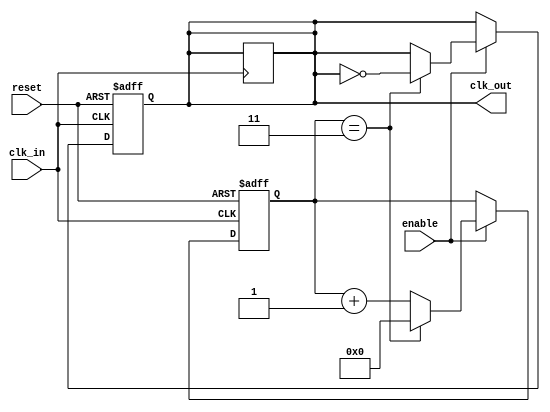
module clock_divider_buffer #(
    parameter N = 4 // Default division factor
)(
    input wire clk_in,      // Input clock signal
    input wire enable,      // Enable signal
    input wire reset,       // Asynchronous reset signal
    output reg clk_out      // Output clock signal
);

    reg [31:0] counter;     // Counter to track clock cycles

    // Asynchronous reset and clock division logic
    always @(posedge clk_in or posedge reset) begin
        if (reset) begin
            counter <= 0;    // Reset counter
            clk_out <= 0;    // Reset output clock
        end else if (enable) begin
            if (counter == (N - 1)) begin
                clk_out <= ~clk_out; // Toggle output clock
                counter <= 0;         // Reset counter
            end else begin
                counter <= counter + 1; // Increment counter
            end
        end
    end

    // If enable is low, hold the last state of clk_out
    always @(negedge clk_in) begin
        if (!enable) begin
            clk_out <= clk_out; // Hold the last state
        end
    end

endmodule